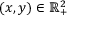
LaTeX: ( x , y ) \in \mathbb { R } _ { + } ^ { 2 }